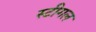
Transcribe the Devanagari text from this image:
स्टीगल